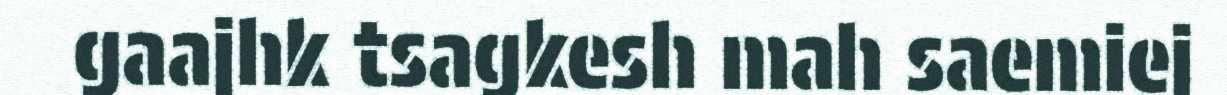
gaajhk tsagkesh mah saemiej